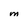
Character: M